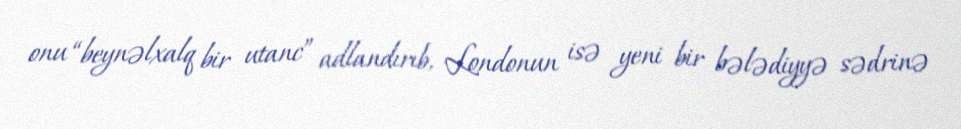
onu “beynəlxalq bir utanc” adlandırıb, Londonun isə yeni bir bələdiyyə sədrinə